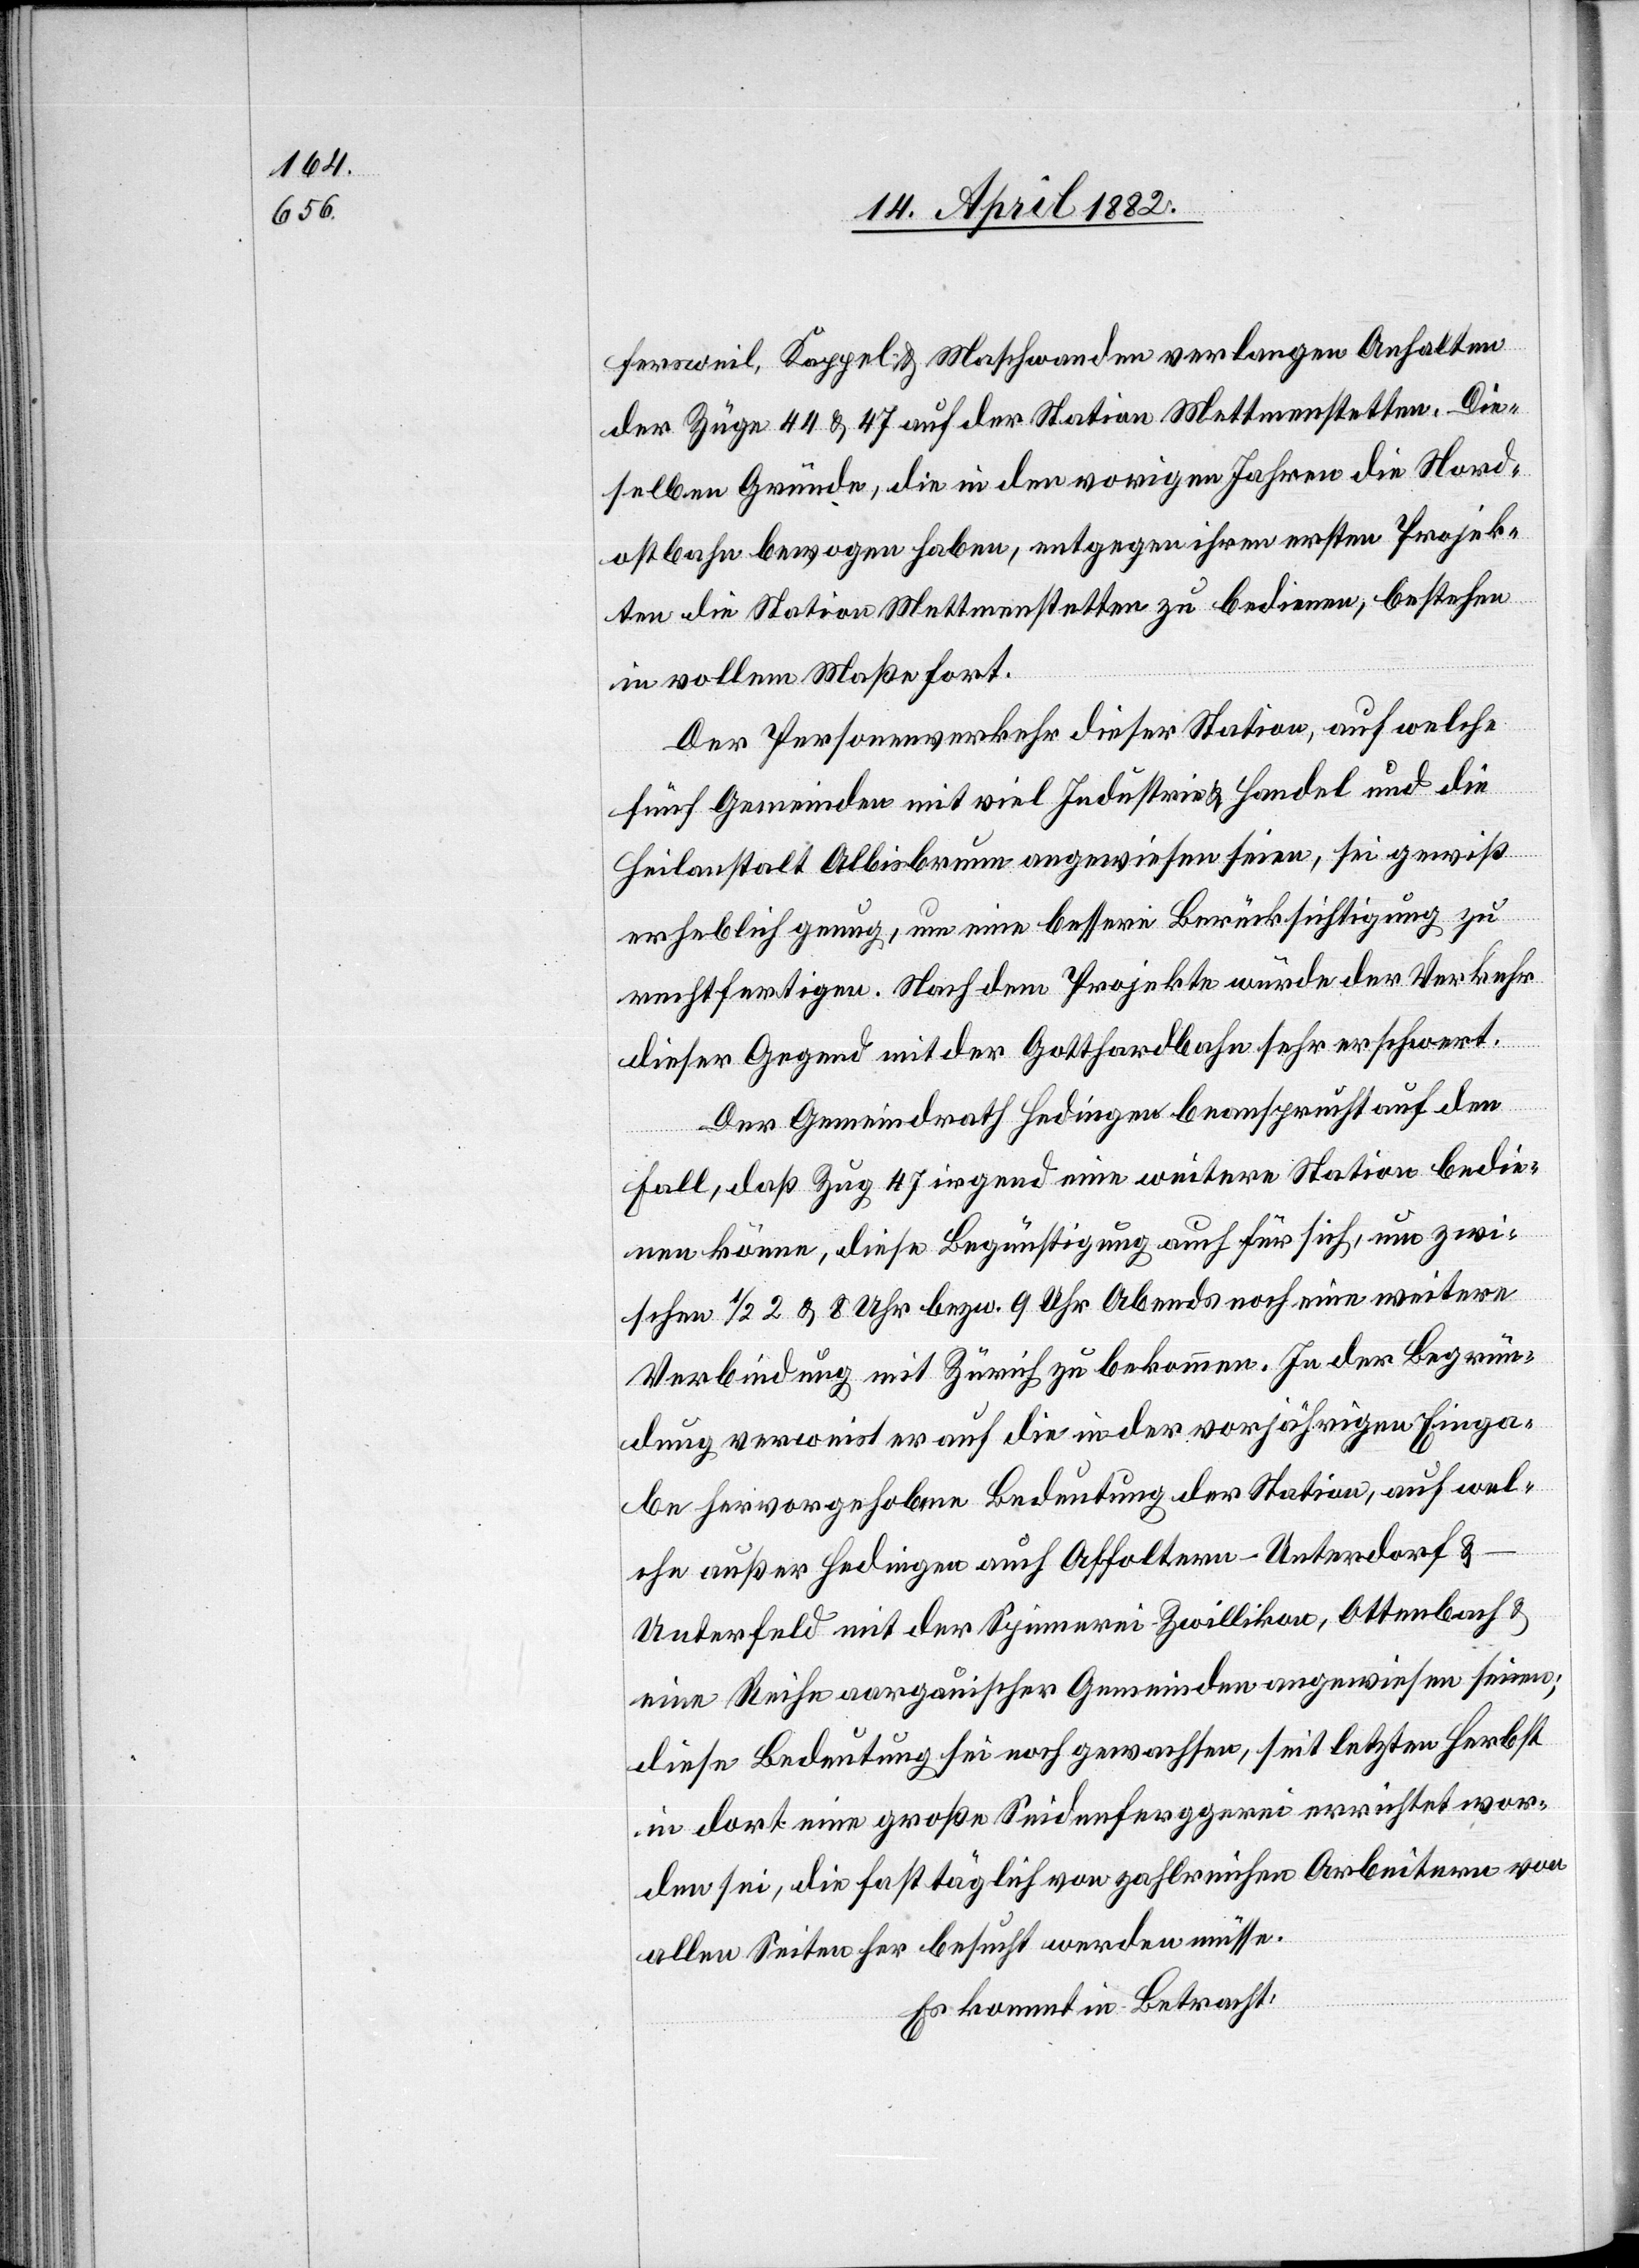
fersweil, Kappel & Maschwanden verlangen anhalten
der Züge 44 & 47 auf der Station Mettmenstetten. Die¬
selben Gründe, die in den vorigen Jahren die Nord¬
ostbahn bewogen haben, entgegen ihren ersten Projek¬
ten die Station Mettmenstetten zu bedienen, bestehen
in vollem Maße fort.
Der Personenverkehr dieser Station, auf welche
fünf Gemeinden mit viel Industrie & Handel und die
Heilanstalt Albisbrunn angewiesen seien, sei gewiß
erheblich genug, um eine bessere Berücksichtigung zu
rechtfertigen. Nach dem Projekte würde der Verkehr
dieser Gegend mit der Gotthardbahn sehr erschwert.
Der Gemeindrath Hedingen beansprucht auf den
Fall, daß Zug 47 irgend eine weitere Station bedie¬
nen könne, diese Begünstigung auch für sich, um zwi¬
schen 1/2 2 & 8 Uhr bezw. 9 Uhr Abends noch eine weitere
Verbindung mit Zürich zu bekommen. In der Begrün¬
dung verweist er auf die in der vorjährigen Einga¬
be hervorgehobene Bedeutung der Station, auf wel¬
che außer Hedingen auch Affoltern - Unterdorf &
Unterfeld mit der Spinnerei Zwillikon, Ottenbach &
eine Reihe aargauischer Gemeinden angewiesen seien;
diese Bedeutung sei noch gewachsen, seit letzten Herbst
in dort eine große Seidenferggerei errichtet wor¬
den sei, die fast täglich von zahlreichen Arbeitern von
allen Seiten her besucht werden müsse.
Es kommt in Betracht: